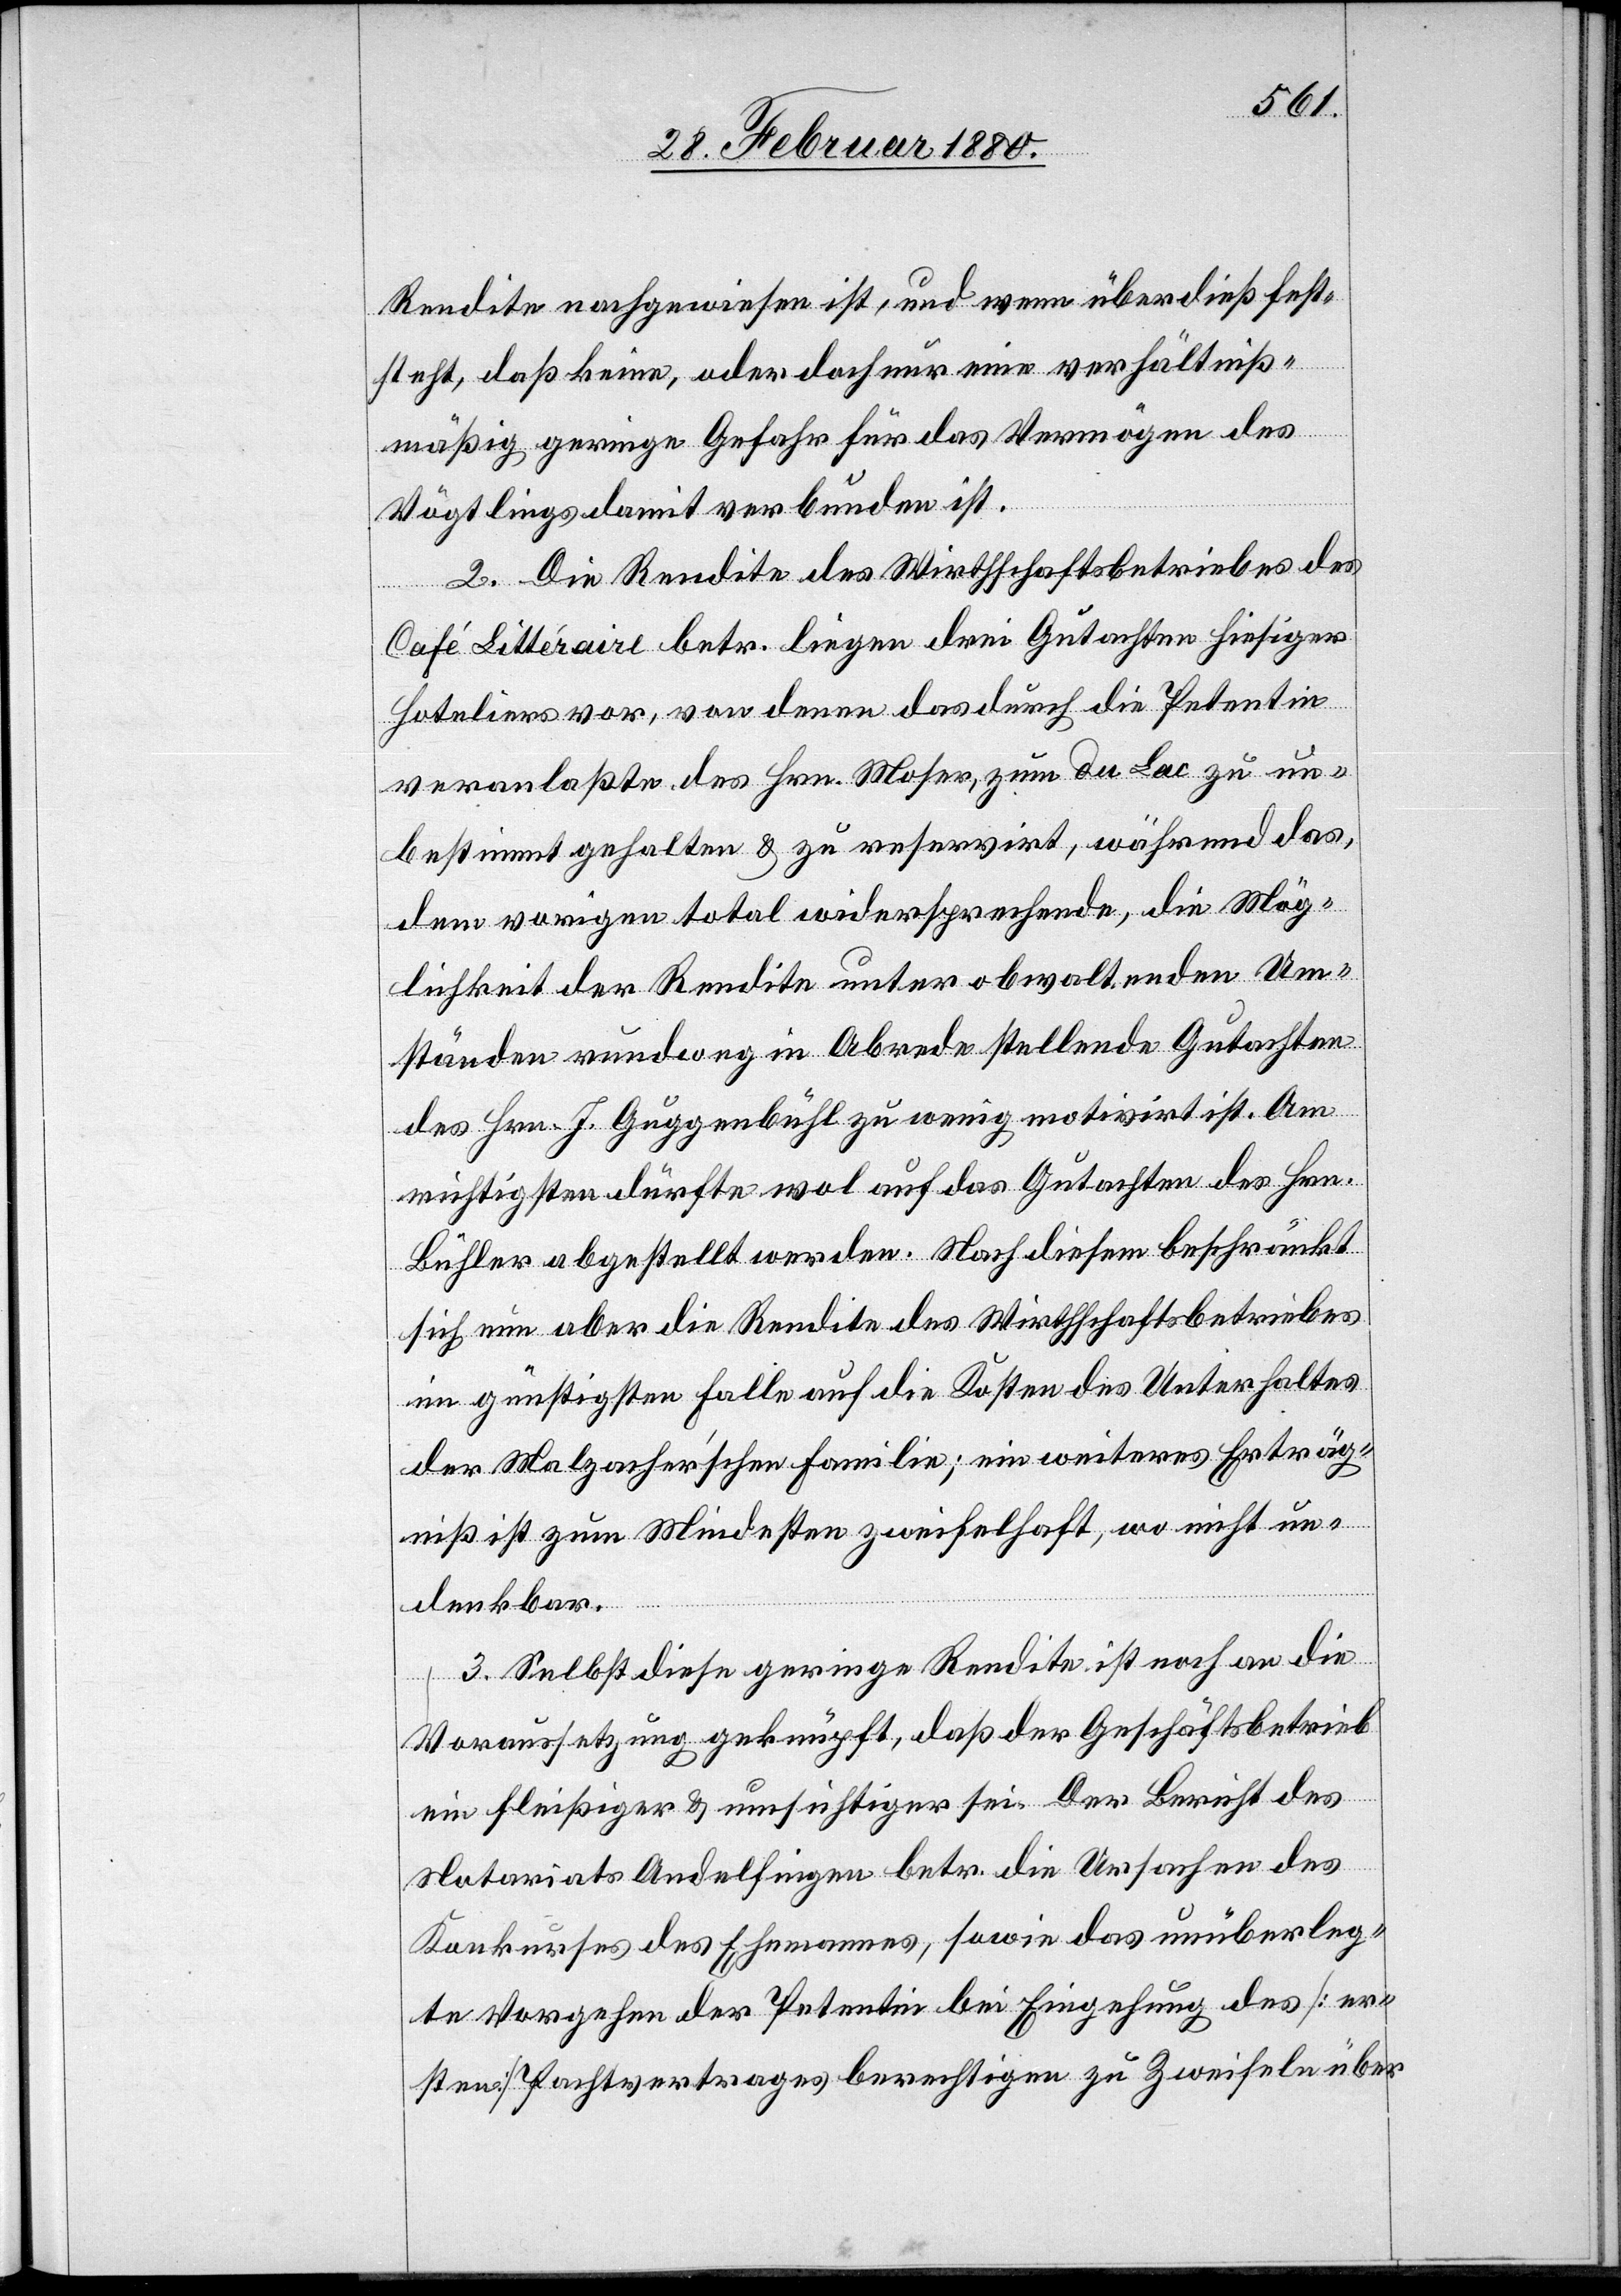
Rendite nachgewiesen ist, und wenn überdieß fest¬
steht, daß keine, oder doch nur eine verhältniß¬
mäßig geringe Gefahr für das Vermögen des
Vögtlings damit verbunden ist.
2. Die Rendite des Wirthschaftsbetriebes des
Café Littéraire betr. liegen drei Gutachten hiesiger
Hoteliers vor, von denen das durch die Petentin
veranlaßte des Hrn. Mosers, zum du Lac zu un¬
bestimmt gehalten & zu reservirt, während das,
dem vorigen total widersprechende, die Mög¬
lichkeit der Rendite unter obwaltenden Um¬
ständen rundweg in Abrede stellende Gutachten
des Hrn. J. Guggenbühl zu wenig motivirt ist. Am
richtigsten dürfte wol auf das Gutachten des Hrn.
Bühler abgestellt werden. Nach diesem beschränkt
sich nun aber die Rendite des Wirthschaftsbetriebes
im günstigsten Falle auf die Kosten des Unterhaltes
der Malzacher’schen Familie; ein weiteres Erträg¬
niß ist zum Mindesten zweifelhaft, wo nicht un¬
denkbar.
3. Selbst diese geringe Rendite ist noch an die
Voraussetzung geknüpft, daß der Geschäftsbetrieb
ein fleißiger & umsichtiger sei. Der Bericht des
Notariats Andelfingen betr. die Ursachen des
Konkurses des Ehemannes, sowie das unüberleg¬
te Vorgehen der Petentin bei Eingehung des [er¬
sten] Pachtvertrages berechtigen zu Zweifeln über